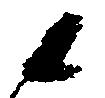
候